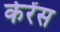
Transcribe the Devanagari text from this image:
केरेंस